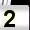
Digit: 2